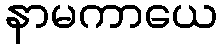
နာမကာယေ